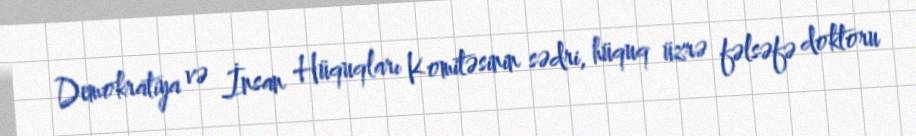
Demokratiya və İnsan Hüquqları Komitəsinin sədri, hüquq üzrə fəlsəfə doktoru